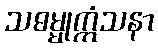
သဓမ္မုက္ကံသနာ